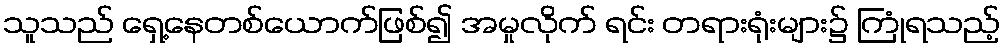
သူသည် ရှေ့နေတစ်ယောက်ဖြစ်၍ အမှုလိုက် ရင်း တရားရုံးများ၌ ကြုံရသည့်